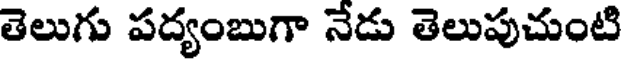
తెలుగు పద్యంబుగా నేడు తెలుపుచుంటి